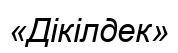
«Дікілдек»